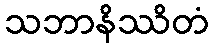
သဘာနိဿိတံ